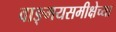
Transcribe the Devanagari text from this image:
वाङ्‌मयसमीक्षेच्या